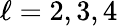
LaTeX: \ell=2,3,4